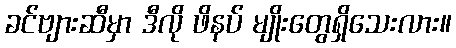
ခင်ဗျားဆီမှာ ဒီလို ဖိနပ် မျိုးတွေရှိသေးလား။